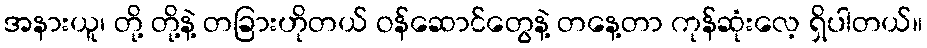
အနားယူ၊ တို့ တို့နဲ့ တခြားဟိုတယ် ဝန်ဆောင်တွေနဲ့ တနေ့တာ ကုန်ဆုံးလေ့ ရှိပါတယ်။